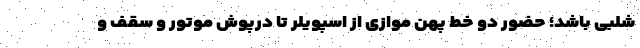
شلبی باشد؛ حضور دو خط پهن موازی از اسپویلر تا درپوش موتور و سقف و